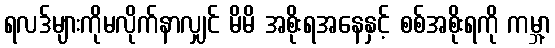
ရလဒ်များကိုမလိုက်နာလျှင် မိမိ အစိုးရအနေနှင့် စစ်အစိုးရကို ကမ္ဘာ့